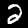
Digit: 2